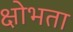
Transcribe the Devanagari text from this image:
क्षोभता